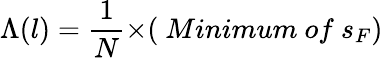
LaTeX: {\Lambda}(l)=\frac{1}{N}{\times}(~Minimum~of~s_{F})